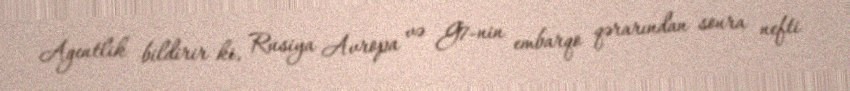
Agentlik bildirir ki, Rusiya Avropa və G7-nin embarqo qərarından sonra nefti